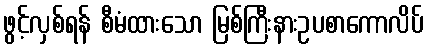
ဖွင့်လှစ်ရန် စီမံထားသော မြစ်ကြီးနားဥပစာကောလိပ်